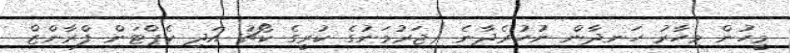
މީހުން މިހާރު ހަނދާން ނުހުރެދާނެ (ޖަރުމަނުގެ ކުރީގެ ކޯޗު އަދި ކެޕްޓަން ފްރާންޒް